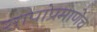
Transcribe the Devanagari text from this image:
सापांप्रमाणेच